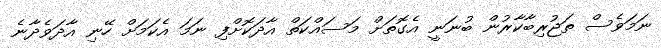
ނަމަވެސް ތަޖުރިބާކާރުން ބުނަނީ އެގޮތަށް މަސައްކަތް އާދަކޮށްފި ނަމަ އެކަމަށް ހޭނި އާދަވެދާނެ